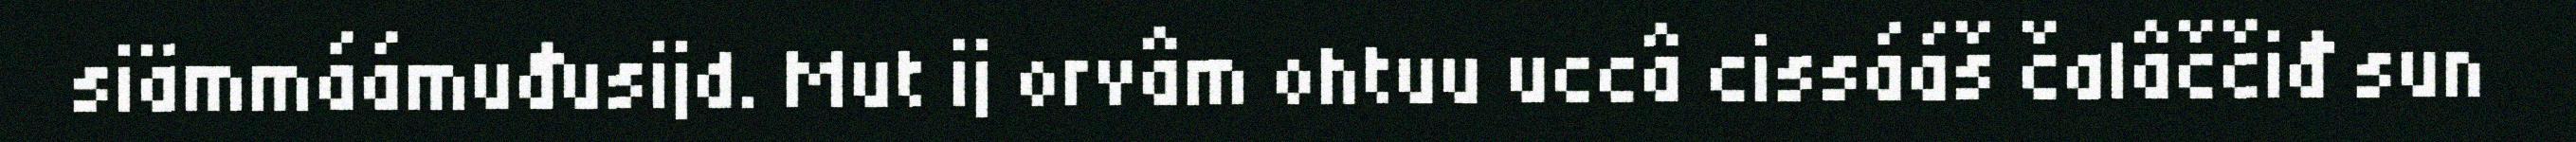
siämmáámuđusijd. Mut ij orvâm ohtuu uccâ cissááš čalâččiđ sun